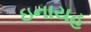
ઇનાયહ